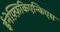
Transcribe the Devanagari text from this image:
ईनेफ़्फ़िकिएन्किएस